Vaccination in Bombay 1874-1876 - 1874-1876
Year: 1874
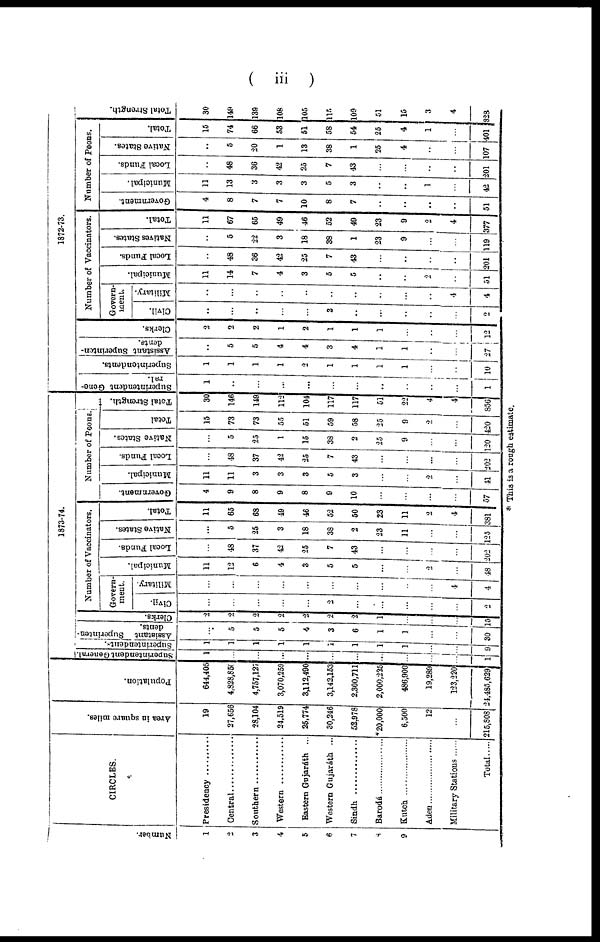
( iii )
Number.
1
2
3
4
5
6
7
8
9
CIRCLES.
Presidency ..........
Central ..........
Southern ..........
Western..........
Eastern Gujaráth ...
Western Gujaráth ...
Sindh............
Barodá..................
Kutch
Aden.....................
MilitaryStations ........
Total
Area in square miles.
19
27,656
28,104
24,519
25,774
30,246
52,978
*20,000
6,500
12
...
215,808
Population.
644,405
4,828,850
4,757,127
3,070,259
3,112,490
3,142,153
2,300,711
2,000,225
486,900
19,289
123,220
24,485,629
1873-74.
Superintendent General.
1
...
...
...
...
...
...
...
...
...
...
1
Superintendents.
1
1
1
1
1
1
1
1
1
...
...
9
Assistant Superinten-
dents.
...
5
5
5
4
3
6
1
1
...
...
30
Clerks.
2
2
2
2
2
2
2
1
...
...
...
15
Number of Vaccinators.
Govern-
ment.
Civil.
...
...
...
...
...
2
...
...
...
...
...
2
Military.
...
...
...
...
...
...
...
...
...
...
4
4
Municipal.
11
12
6
4
3
5
5
...
...
2
...
48
Local Funds.
...
48
37
42
25
7
43
...
...
...
...
202
Native States.
...
5
25
3
18
38
2
23
11
...
...
125
Total.
11
65
68
49
46
52
50
23
11
2
4
381
Number of Peons.
Government.
4
9
8
9
8
9
10
...
...
...
...
57
Municipal.
11
11
3
3
3
5
3
...
...
2
...
41
Local Funds.
...
48
37
42
25
7
43
...
...
...
...
202
Native States.
...
5
25
1
15
38
2
25
9
...
...
120
Total
15
73
73
55
51
59
58
25
9
2
...
420
Total Strength.
30
146
149
112
104
117
117
51
22
4
4
856
1872-73.
Superintendent Gene-
ral.
1
...
...
...
...
...
...
..
...
...
...
1
Superintendents.
1
1
1
1
2
1
1
1
1
...
...
10
Assistant Superinten-
dents.
...
5
5
4
4
3
4
1
1
...
...
27
Clerks.
2
2
2
1
2
1
1
1
...
...
...
12
Number of Vaccinators.
Govern-
ment.
Civil.
...
...
...
...
...
2
...
...
...
...
...
2
Military.
...
...
...
...
...
...
...
...
...
...
4
4
Municipal.
11
14
7
4
3
5
5
...
...
2
...
51
Local Funds.
...
48
36
42
25
7
43
...
...
...
...
201
Natives States.
...
5
22
3
18
38
1
23
9
...
...
119
Total.
11
67
65
49
46
52
49
23
9
2
4
377
Number of Peons.
Government.
4
8
7
7
10
8
7
...
...
...
...
51
Municipal.
11
13
3
3
3
5
3
...
...
1
...
42
Local Funds.
...
48
36
42
25
7
43
...
...
...
...
201
Native States.
...
5
20
1
13
38
1
25
4
...
...
107
Total.
15
74
66
53
51
58
54
25
4
1
...
401
Total Strength.
30
149
139
108
105
115
109
51
15
3
4
828
* This is a rough estimate.